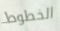
الخطوط